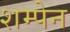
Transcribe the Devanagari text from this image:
शम्पेन